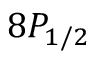
8 P _ { 1 / 2 }